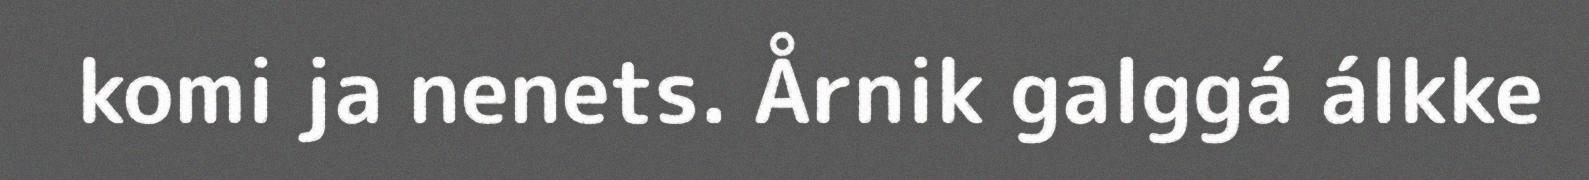
komi ja nenets. Årnik galggá álkke